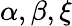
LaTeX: \alpha,\beta,\xi